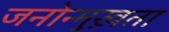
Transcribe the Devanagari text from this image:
जनोन्मुख़ता